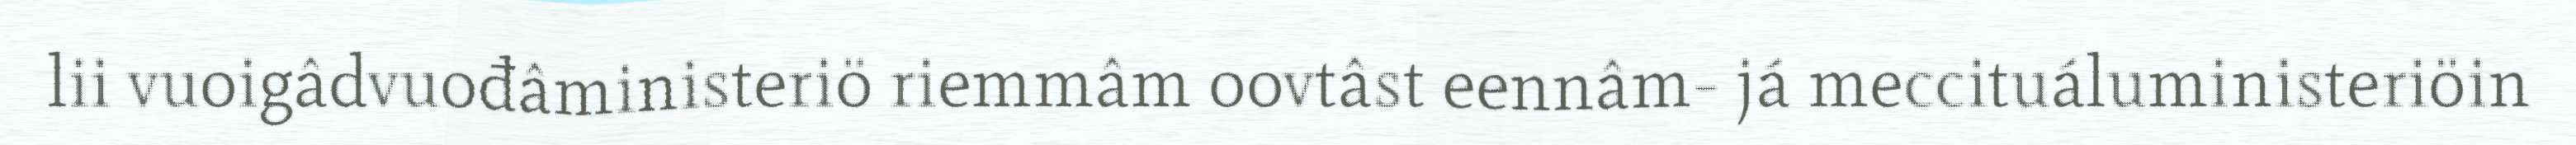
lii vuoigâdvuođâministeriö riemmâm oovtâst eennâm- já meccituáluministeriöin